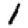
Digit: 1